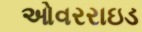
ઓવરરાઇડ